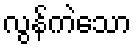
လွန်ကဲသော